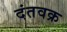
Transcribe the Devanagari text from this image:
दंतवक्र